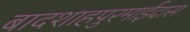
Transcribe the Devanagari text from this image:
बादशाहपुरमाईदास